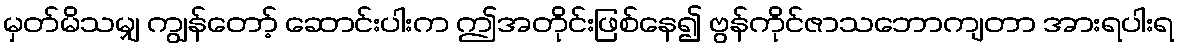
မှတ်မိသမျှ ကျွန်တော့် ဆောင်းပါးက ဤအတိုင်းဖြစ်နေ၍ ဗွန်ကိုင်ဇာသဘောကျတာ အားရပါးရ